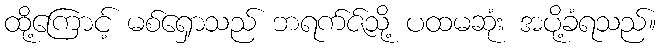
ထို့ကြောင့် မစ်ရှောသည် ဘရက်ဇ်သို့ ပထမဆုံး အပို့ခံရသည်။